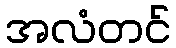
အလံတင်